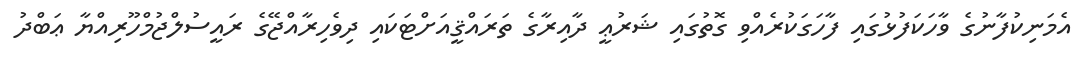
އެމަނިކުފާނުގެ ވާހަކަފުޅުގައި ފާހަގަކުރެއްވި ގޮތުގައި ޝަރުޢީ ދާއިރާގެ ތަރައްޤީއަށްޓަކައި ދިވެހިރާއްޖޭގެ ރައީސުލްޖުމްހޫރިއްޔާ ޢަބްދު